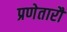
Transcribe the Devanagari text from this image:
प्रणेतारौ